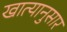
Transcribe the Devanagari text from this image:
खात्यानुसार